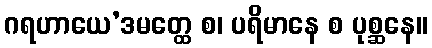
ဂရဟာယေ’ဒမတ္ထေ စ၊ ပရိမာနေ စ ပုစ္ဆနေ။